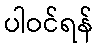
ပါဝင်ရန်